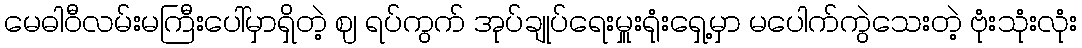
မေဓါဝီလမ်းမကြီးပေါ်မှာရှိတဲ့ ဈ ရပ်ကွက် အုပ်ချုပ်ရေးမှူးရုံးရှေ့မှာ မပေါက်ကွဲသေးတဲ့ ဗုံးသုံးလုံး